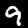
Label: 9